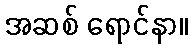
အဆစ် ရောင်နာ။